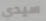
سيدي